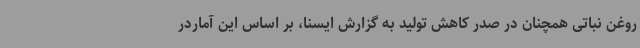
روغن نباتی همچنان در صدر کاهش تولید به گزارش ایسنا، بر اساس این آماردر